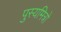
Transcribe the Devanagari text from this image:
पुस्यमित्रो